Civil Veterinary Dept. Bombay admin report 1932-41 - 1932-1941
Year: 1932
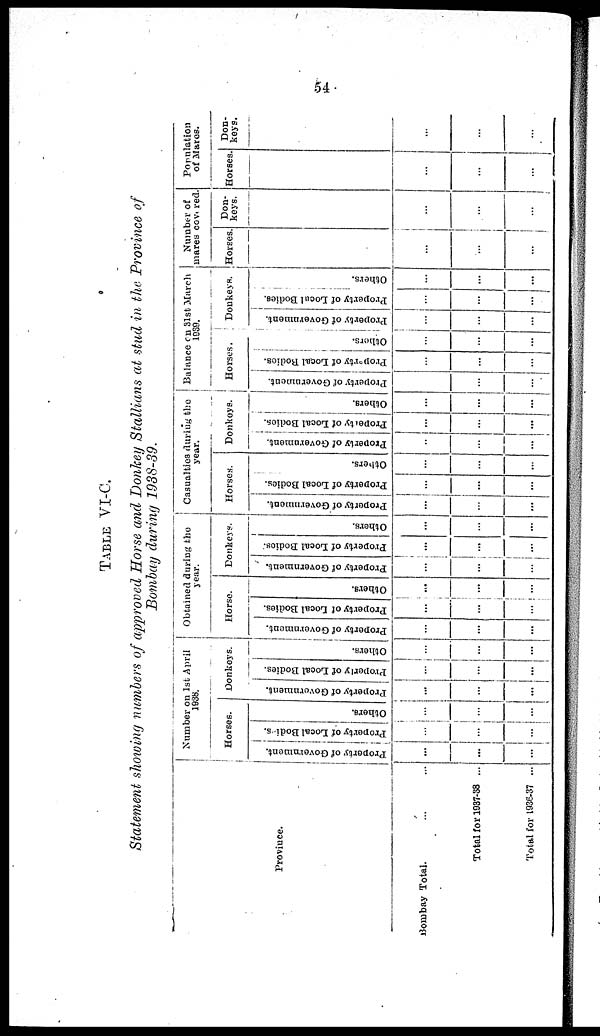
54
TABLE
VI-C.
Statement showing numbers of approved Horse and Donkey Stallians at stud in the Province of
Bombay during 1938-39.
Province.
Bombay Total. ... ...
Total for 1937-38 ...
Total for 1936-37 ...
Number on 1st April
1938.
Horses.
Property of Government.
...
...
...
Property of Local Bodies.
...
...
...
Others.
...
...
...
Donkeys.
Property of Government.
...
...
...
Properly of Local Bodies.
...
...
...
Others.
...
...
...
Obtained during the
year.
Horse.
Property of Government.
...
...
...
Property of Local Bodies.
...
...
...
Others.
...
...
...
Donkeys.
Property of Government.
...
...
...
Property of Local Bodies:
...
...
...
Others.
...
...
...
Casualties during the
year.
Horses.
Property of Government.
...
...
...
Property of Local Bodies.
...
...
...
Others.
...
...
...
Donkeys.
Property of Government.
...
...
...
Property
of Local Bodies.
...
...
...
Others.
...
...
...
Balance on 31st March
1939.
Horses.
Property of Government.
...
...
...
Property
of Local Bodies.
...
...
...
Others.
...
...
...
Donkeys.
Property of Government.
...
...
...
Property of Local Bodies.
...
...
...
Others.
...
...
...
Number of
mares covered.
Horses
...
...
...
Don-
keys.
...
...
...
Population
of Mares.
Horses.
...
...
...
Don-
keys.
...
...
...